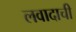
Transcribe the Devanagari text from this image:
लवादाची